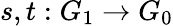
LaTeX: s,t:G_{1}\to G_{0}